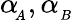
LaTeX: \alpha\! _{_A},\alpha_{_B}